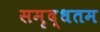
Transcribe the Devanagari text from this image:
समृद्धतम